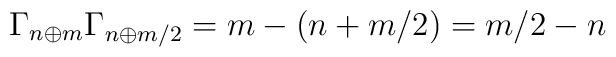
\Gamma_{n\oplus m} \Gamma_{n\oplus m/2} = m - (n+m/2) = m/2 - n